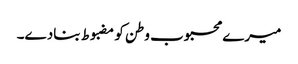
میرے محبوب وطن کو مضبوط بنادے۔